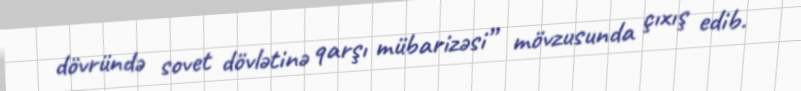
dövründə sovet dövlətinə qarşı mübarizəsi” mövzusunda çıxış edib.